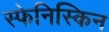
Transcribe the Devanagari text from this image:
स्फेनिस्किन